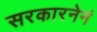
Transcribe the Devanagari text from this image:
सरकारनेनं